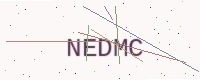
Text: NEDMC